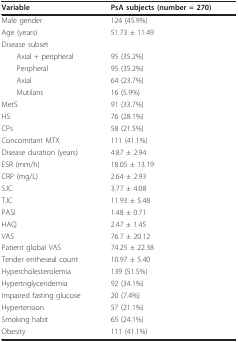
| Variable | PsA subjects (number = 270) |
 | --- | --- |
 | Male gender | 124 (45.9%) |
 | Age (years) | 51.73 ± 11.49 |
 | Disease subset |  |
 | Axial + peripheral | 95 (35.2%) |
 | Peripheral | 95 (35.2%) |
 | Axial | 64 (23.7%) |
 | Mutilans | 16 (5.9%) |
 | MetS | 91 (33.7%) |
 | HS | 76 (28.1%) |
 | CPs | 58 (21.5%) |
 | Concomitant MTX | 111 (41.1%) |
 | Disease duration (years) | 4.87 ± 2.94 |
 | ESR (mm/h) | 18.05 ± 13.19 |
 | CRP (mg/L) | 2.64 ± 2.93 |
 | SJC | 3.77 ± 4.08 |
 | TJC | 11.93 ± 5.48 |
 | PASI | 1.48 ± 0.71 |
 | HAQ | 2.47 ± 1.45 |
 | VAS | 76.7 ± 20.12 |
 | Patient global VAS | 74.25 ± 22.38 |
 | Tender entheseal count | 10.97 ± 5.40 |
 | Hypercholesterolemia | 139 (51.5%) |
 | Hypertriglyceridemia | 92 (34.1%) |
 | Impaired fasting glucose | 20 (7.4%) |
 | Hypertension | 57 (21.1%) |
 | Smoking habit | 65 (24.1%) |
 | Obesity | 111 (41.1%) |